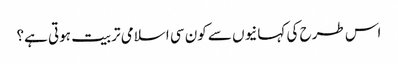
اس طرح کی کہانیوں سے کون سی اسلامی تربیت ہوتی ہے؟